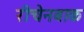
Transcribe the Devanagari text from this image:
रीचेनबाक